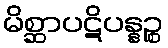
မိစ္ဆာပဋိပန္နဉ္စ